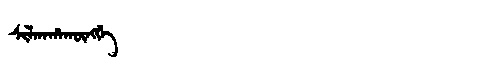
Manchu: ᠰᡳᠯᡤᠠᡥᠠᡴᡡᠩᡤᡝ
Romanization: SILGAHAKŪNGGE